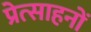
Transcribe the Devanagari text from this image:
प्रेत्साहनों